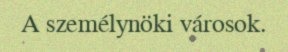
A személynöki városok.